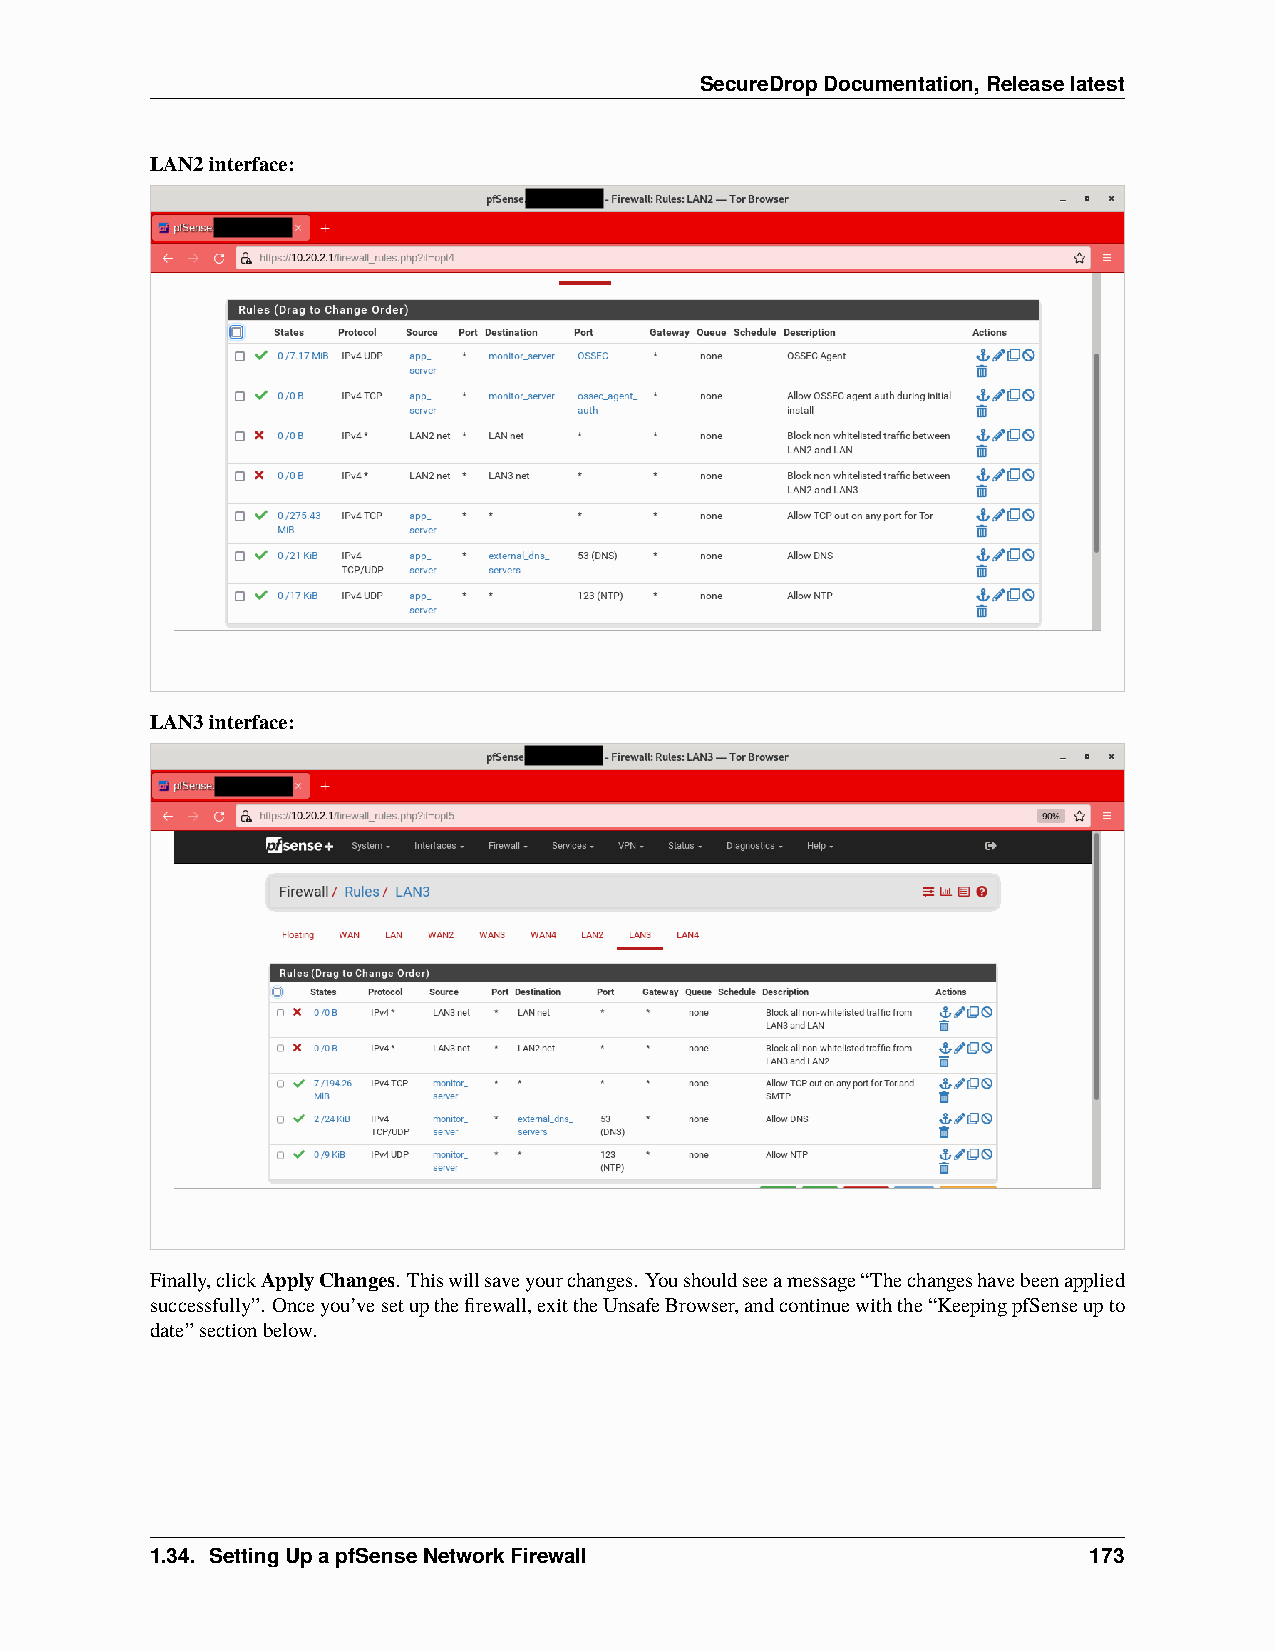
SecureDropDocumentation,Releaselatest
 LAN2interface:
 LAN3interface:
 Finally,clickApplyChanges. Thiswillsaveyourchanges. Youshouldseeamessage“Thechangeshavebeenapplied
 successfully”. Onceyou’vesetupthefirewall,exittheUnsafeBrowser,andcontinuewiththe“KeepingpfSenseupto
 date”sectionbelow.
 1.34. SettingUpapfSenseNetworkFirewall                        173